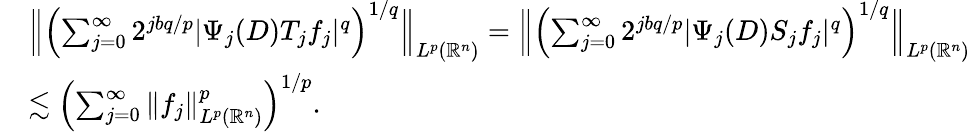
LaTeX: \begin{array}{rl}&{\Big\| \Big({\sum_{j=0}^{\infty}2^{jbq/p}|\Psi_{j}(D)T_{j}f_{j}|^{q}}\Big)^{1/q}\Big\| _{L^{p}(\mathbb{R}^{n})}=\Big\| \Big({\sum_{j=0}^{\infty}2^{jbq/p}|\Psi_{j}(D)S_{j}f_{j}|^{q}}\Big)^{1/q}\Big\| _{L^{p}(\mathbb{R}^{n})}}\\ &{\lesssim\Big({\sum_{j=0}^{\infty}\| f_{j}\| _{L^{p}(\mathbb{R}^{n})}^{p}}\Big)^{1/p}.}\end{array}